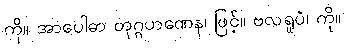
ကို။ အာပေါဓာ တုဂ္ဂဟဏေန၊ ဖြင့်။ ဗလရူပံ၊ ကို။